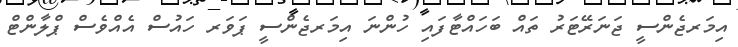
އިމަރޖެންސީ ޖަނަރޭޓަރު ތައް ބަހައްޓާފައި ހުންނަ އިމަރޖެންސީ ޕަވަރ ހައުސް އެއްވެސް ޕްލާންޓް